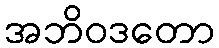
အဘိဝဒတော